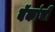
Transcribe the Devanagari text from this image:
बॅकांची